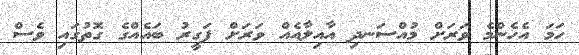
ހަމަ އެހެންމެ ވަރަށް މުއްސަނދި އާއިލާއެއް ވަރަށް ފަގީރު ބައެއްގެ ގޮތުގައި ވެސް